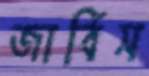
জার্বিস